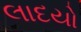
લાદયો